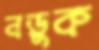
নড়ুক